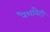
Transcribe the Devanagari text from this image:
नैशावैटी